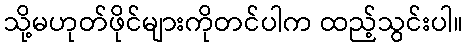
သို့မဟုတ်ဖိုင်များကိုတင်ပါက ထည့်သွင်းပါ။